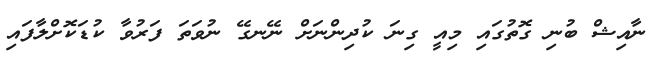
ނާއިޝް ބުނި ގޮތުގައި މިއީ ގިނަ ކުދިންނަށް ނޭނގޭ ނުވަތަ ފަރުވާ ކުޑަކޮށްލާފައި